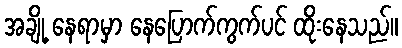
အချို့ နေရာမှာ နေပြောက်ကွက်ပင် ထိုးနေသည်။